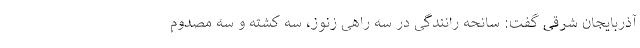
آذربایجان شرقی گفت: سانحه رانندگی در سه راهی زنوز، سه کشته و سه مصدوم